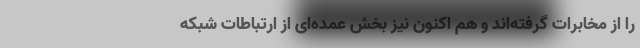
را از مخابرات گرفته‌اند و هم اکنون نیز بخش عمده‌ای از ارتباطات شبکه